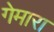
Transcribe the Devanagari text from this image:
गेमारा